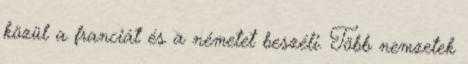
közül a franciát és a németet beszéli. Több nemzetek